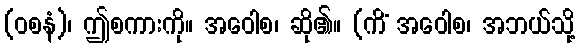
(ဝစနံ)၊ ဤစကားကို။ အဝေါစ၊ ဆို၏။ (ကိံ အဝေါစ၊ အဘယ်သို့